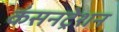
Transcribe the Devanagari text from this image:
कंसनट्रेशन